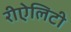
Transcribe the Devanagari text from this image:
रीऐलिटी